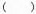
( )